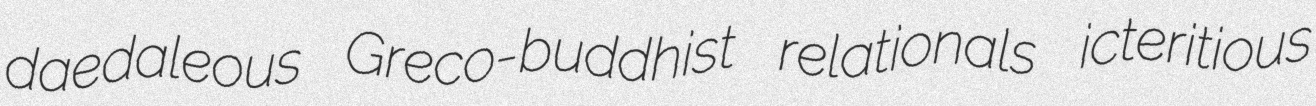
daedaleous Greco-buddhist relationals icteritious